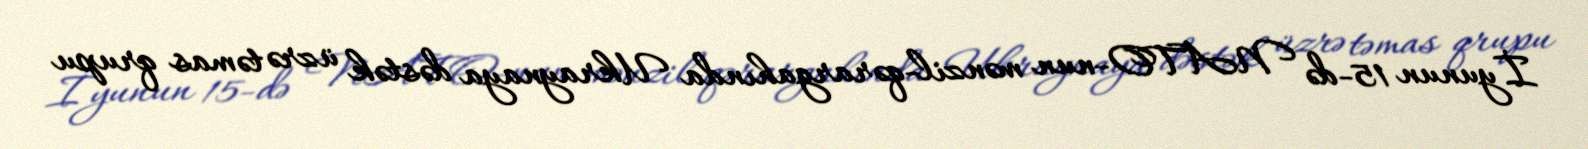
İyunun 15-də NATO-nun mənzil-qərargahında Ukraynaya dəstək üzrə təmas qrupu